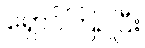
ရှောင်ကြဉ်ပြီး